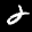
Label: 2